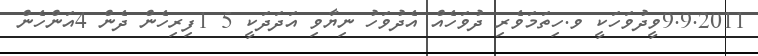
9.9.2011ވީދުވަހަކީ ވ.ހިތަމަވެރި ދުވަހެއް އެދުވަހު ނިޔާވި އަދަދަކީ 5 1ފިރިހެން ދެން 4އަންހެން